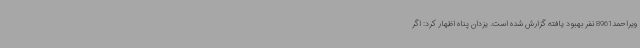
ویراحمد8961 نفر بهبود یافته گزارش شده است. یزدان پناه اظهار کرد: اگر